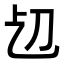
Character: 𠚱